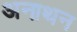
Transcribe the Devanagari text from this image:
अनाथन